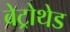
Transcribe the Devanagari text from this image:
बेट्रोथेड